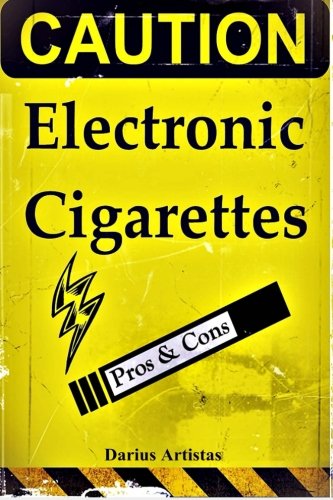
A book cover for Electronic Cigarettes: Facts Your E-Cigarette Sellers Won't Tell You!; Darius Artistas; Health, Fitness & Dieting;